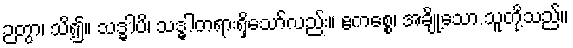
ဉတွာ၊ သိ၍။ သဒ္ဓါပိ၊ သဒ္ဓါတရားရှိသော်လည်း။ ဧကစ္စေ၊ အချို့သော သူတို့သည်။